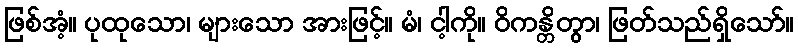
ဖြစ်အံ့။ ပုထုသော၊ များသော အားဖြင့်။ မံ၊ ငါ့ကို။ ဝိကန္တိတွာ၊ ဖြတ်သည်ရှိသော်။